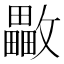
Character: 𣀡